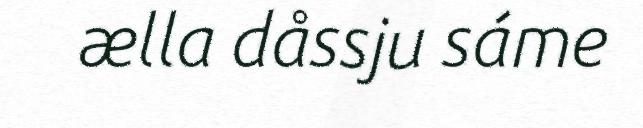
ælla dåssju sáme